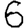
Digit: 6